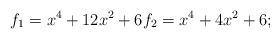
LaTeX: \begin{align*} f_1 = x^4+12x^2+6 f_2 = x^4+4x^2+6; \end{align*}